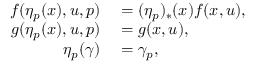
\begin{array} { r l } { f ( \eta _ { p } ( x ) , u , p ) } & { { } = ( \eta _ { p } ) _ { * } ( x ) f ( x , u ) , } \\ { g ( \eta _ { p } ( x ) , u , p ) } & { { } = g ( x , u ) , } \\ { \eta _ { p } ( \gamma ) } & { { } = \gamma _ { p } , } \end{array}